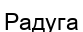
Радуга